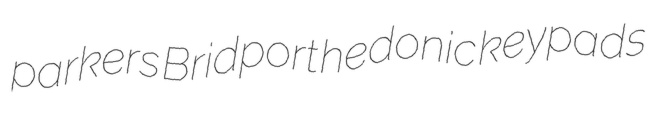
parkers Bridport hedonic keypads